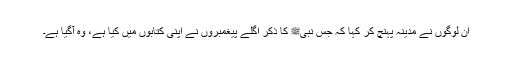
ان لوگوں نے مدینہ پہنچ کر کہا کہ جس نبیﷺ کا ذکر اگلے پیغمبروں نے اپنی کتابوں میں کیا ہے، وہ آگیا ہے۔